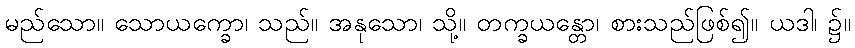
မည်သော။ သောယက္ခော၊ သည်။ အနုသော၊ သို့။ တက္ခယန္တော၊ စားသည်ဖြစ်၍။ ယဒါ၊ ၌။